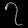
Digit: ၇